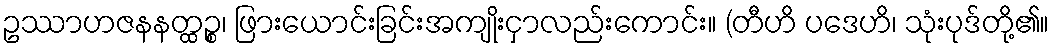
ဥဿာဟဇနနတ္ထဉ္စ၊ ဖြားယောင်းခြင်းအကျိုးငှာလည်းကောင်း။ (တီဟိ ပဒေဟိ၊ သုံးပုဒ်တို့၏။